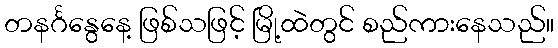
တနင်္ဂနွေနေ့ ဖြစ်သဖြင့် မြို့ထဲတွင် စည်ကားနေသည်။